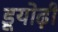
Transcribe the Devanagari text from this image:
डूयोढ़ी